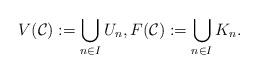
LaTeX: \begin{align*}V(\mathcal C):=\bigcup\limits_{n\in I}U_n,F(\mathcal C):=\bigcup\limits_{n\in I}K_n.\end{align*}